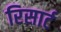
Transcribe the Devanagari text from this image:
रिसार्ट